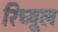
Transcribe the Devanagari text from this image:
रिच्यूल